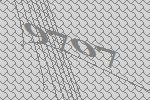
9707